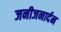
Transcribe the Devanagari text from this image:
जनीजनार्दन